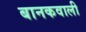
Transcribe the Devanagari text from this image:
बानकवाली